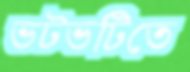
ভটভটিতে